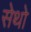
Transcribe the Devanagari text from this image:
सेथो